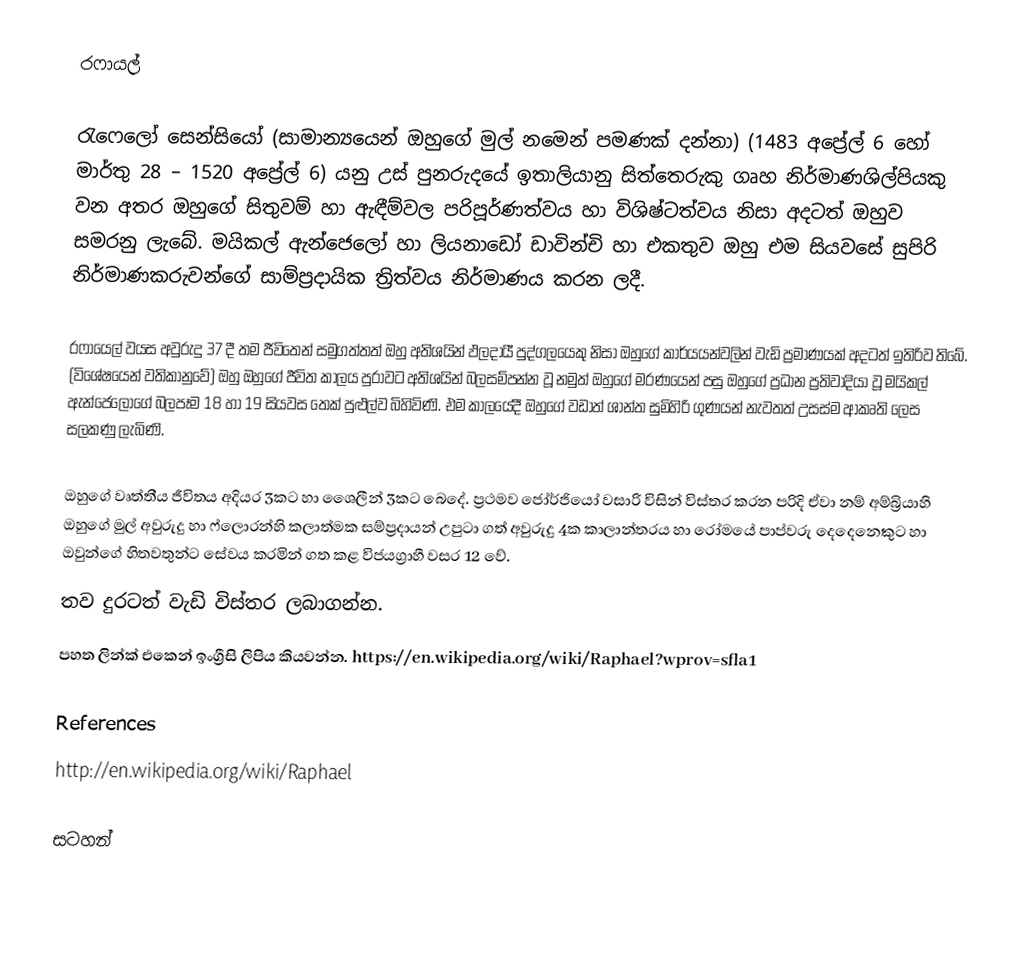
රෆායල්

රැෆෙලෝ සෙන්සියෝ (සාමාන්‍යයෙන් ඔහුගේ මුල් නමෙන් පමණක් දන්නා) (1483 අප්‍රේල් 6 හෝ මාර්තු 28 – 1520 අප්‍රේල් 6) යනු උස් පුනරුදයේ ඉතාලියානු සිත්තෙරුකු ගෘහ නිර්මාණශිල්පියකු වන අතර ඔහුගේ සිතුවම් හා ඇඳීම්වල පරිපූර්ණත්වය හා විශිෂ්ටත්වය නිසා අදටත් ඔහුව සමරනු ලැබේ. මයිකල් ඇන්ජෙලෝ හා ලියනාඩෝ ඩාවින්චි හා එකතුව ඔහු එම සියවසේ සුපිරි නිර්මාණකරුවන්ගේ සාම්ප්‍රදායික ත්‍රිත්වය නිර්මාණය කරන ලදී.

රෆායෙල් වයස අවුරුදු 37 දී තම ජීවිතෙන් සමුගත්තත් ඔහු අතිශයින් ඵලදායී පුද්ගලයෙකු නිසා ඔහුගේ කාර්යයන්වලින් වැඩි ප්‍රමාණයක් අදටත් ඉතිරිව තිබේ. (විශේෂයෙන් වතිකානුවේ) ඔහු ඔහුගේ ජීවිත කාලය පුරාවට අතිශයින් බලසම්පන්න වූ නමුත් ඔහුගේ මරණයෙන් පසු ඔහුගේ ප්‍රධාන ප්‍රතිවාදියා වූ මයිකල් ඇන්ජෙලෝගේ බලපෑම 18 හා 19 සියවස තෙක් පුළුල්ව බිහිවිණි. එම කාලයේදී ඔහුගේ වඩාත් ශාන්ත සුමිහිරි ගුණයන් නැවතත් උසස්ම ආකෘති ලෙස සලකණු ලැබිණි.

ඔහුගේ වෘත්තීය ජීවිතය අදියර 3කට හා ශෛලීන් 3කට බෙදේ. ප්‍රථමව ජෝර්ජියෝ වසාරි විසින් විස්තර කරන පරිදි ඒවා නම් අම්බ්‍රියාහි ඔහුගේ මුල් අවුරුදු හා ෆ්ලොරන්හි කලාත්මක සම්ප්‍රදායන් උපුටා ගත් අවුරුදු 4ක කාලාන්තරය හා රෝමයේ පාප්වරු දෙදෙනෙකුට හා ඔවුන්ගේ හිතවතුන්ට සේවය කරමින් ගත කළ විජයග්‍රාහී වසර 12 වේ.
තව දුරටත් වැඩි විස්තර ලබාගන්න.
පහත ලින්ක් එකෙන් ඉංග්‍රීසි ලිපිය කියවන්න. https://en.wikipedia.org/wiki/Raphael?wprov=sfla1

References
http://en.wikipedia.org/wiki/Raphael

සටහන්